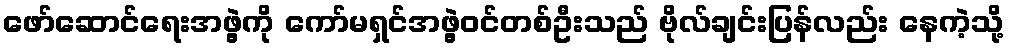
ဖော်ဆောင်ရေးအဖွဲ့ကို ကော်မရှင်အဖွဲ့ဝင်တစ်ဦးသည် ဗိုလ်ချင်းပြန်လည်း နေကဲ့သို့